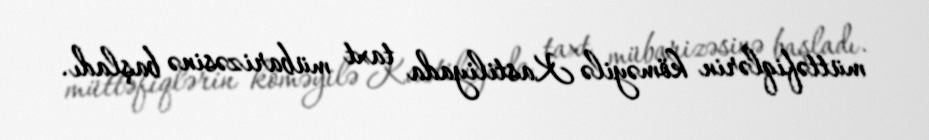
müttəfiqlərin köməyilə Kastiliyada taxt mübarizəsinə başladı.